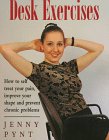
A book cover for Desk Exercises; Jenny Pynt; Health, Fitness & Dieting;